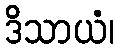
ဒိသာယံ၊